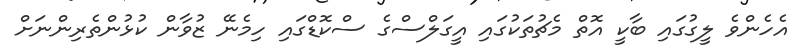
އެހެންވެ ލީގުގައި ބާކީ އޮތް މެޗުތަކުގައި އީގަލްސްގެ ސްކޮޑްގައި ހިމެނޭ ޒުވާން ކުޅުންތެރިންނަށް